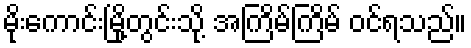
မိုးကောင်းမြို့တွင်းသို့ အကြိမ်ကြိမ် ဝင်ရသည်။